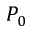
P _ { 0 }